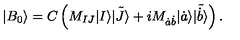
| B _ { 0 } \rangle = C \left( M _ { I J } | I \rangle \tilde { | J \rangle } + i M _ { \dot { a } \dot { b } } | \dot { a } \rangle \tilde { | \dot { b } \rangle } \right) .